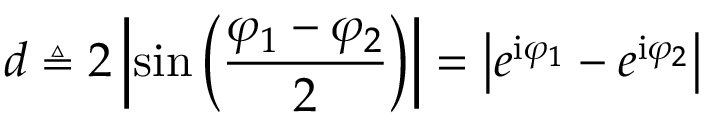
d \triangleq 2 \left| \sin \left( \frac { \varphi _ { 1 } - \varphi _ { 2 } } { 2 } \right) \right| = \big | e ^ { \mathrm { i } \varphi _ { 1 } } - e ^ { \mathrm { i } \varphi _ { 2 } } \big |